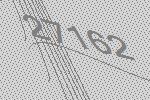
27162